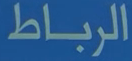
الرباط